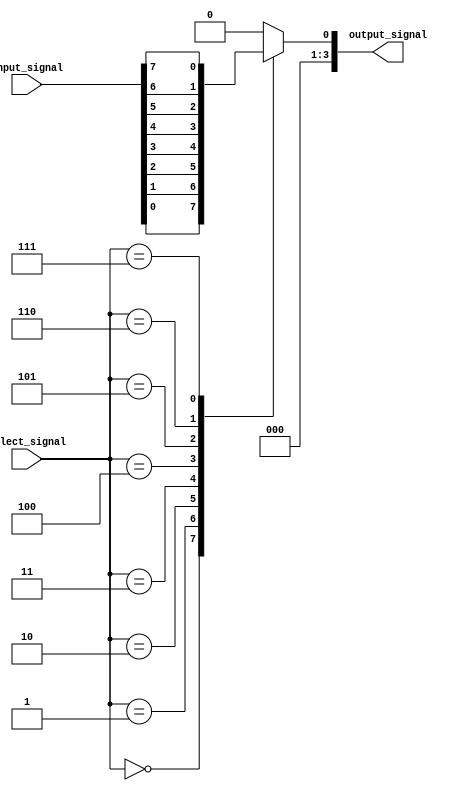
module bit_select_assign(
    input [7:0] input_signal,
    input [3:0] select_signal,
    output reg [3:0] output_signal
);

always @(select_signal)
begin
    case (select_signal)
        0: output_signal = input_signal[0];
        1: output_signal = input_signal[1];
        2: output_signal = input_signal[2];
        3: output_signal = input_signal[3];
        4: output_signal = input_signal[4];
        5: output_signal = input_signal[5];
        6: output_signal = input_signal[6];
        7: output_signal = input_signal[7];
        default: output_signal = 4'b0000; // default value if select signal is out of range
    endcase
end

endmodule